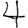
Digit: 4